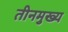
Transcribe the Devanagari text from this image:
तीनमुख्य